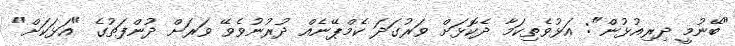
"ބޭނުމީ ދިރިއުޅުން": އަޅުވެތިކަމާ ދެކޮޅަށް ވަރުގަދަ ކެމްޕޭނެއް ދުރުނުވެވޭ ވަރަށް ދުންފަތުގެ "އަޅަކަށް"